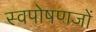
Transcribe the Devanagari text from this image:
स्वपोषणजों